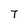
Character: 7